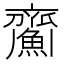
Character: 𩹵